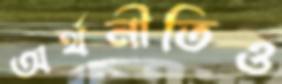
অর্থনীতিও